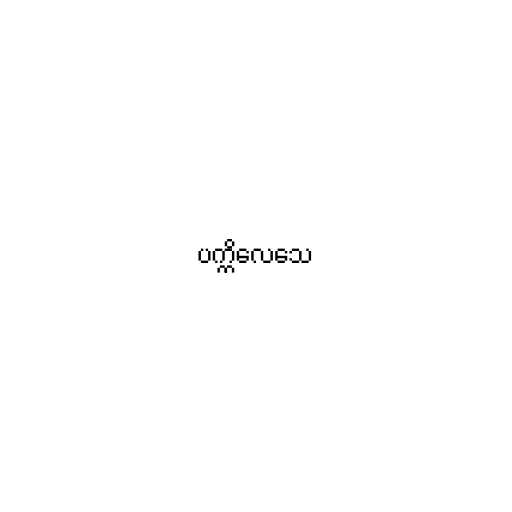
ပက္ကိလေသေ